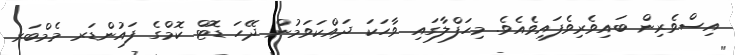
އިސްވެެރިން ބައިވެެރިވެފައިވެއެވެ. މިހަފްލާގައި ވާހަކަ ދައްކަވަމުން ދޭހަ ޑޮޓް ކޮމްގެ ފައުންޑަރ މެމްބަރ